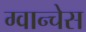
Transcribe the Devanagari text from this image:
ग्वान्चेस